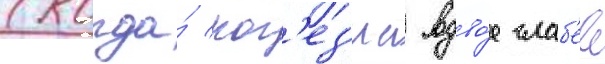
(когда́ ког'ез'иа вдво́е слаб'ее